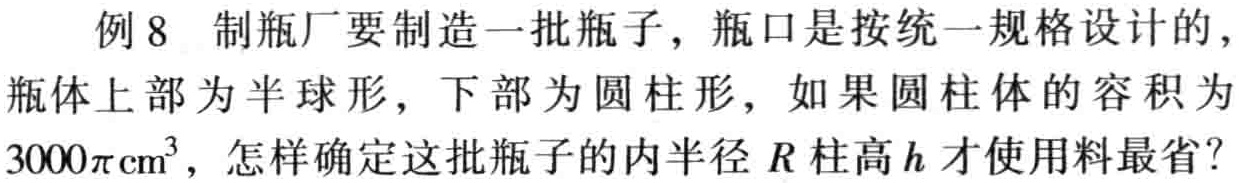
例8 制瓶厂要制造一批瓶子，瓶口是按统一规格设计的，瓶体上部为半球形，下部为圆柱形，如果圆柱体的容积为\(3000\pi\mathrm{cm}^{3}\)，怎样确定这批瓶子的内半径\(R\)柱高\(h\)才使用料最省？